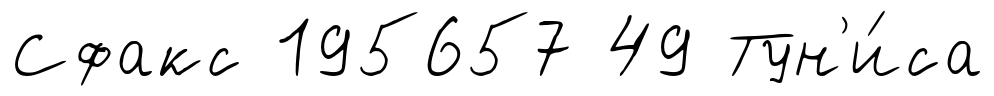
Сфакс 195657 49 Тун'и́са